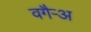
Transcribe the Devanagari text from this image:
वगैर्‍अ